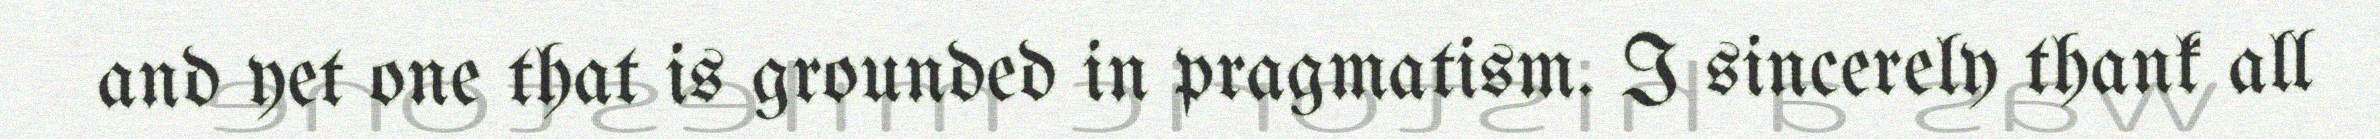
and yet one that is grounded in pragmatism. I sincerely thank all